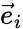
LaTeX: \vec{e}_{i}